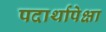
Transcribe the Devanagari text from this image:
पदार्थापेक्षा